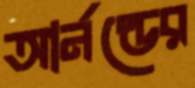
আর্নল্ডের